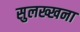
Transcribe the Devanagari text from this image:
सुलख्खना